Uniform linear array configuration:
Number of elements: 32
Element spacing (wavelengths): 0.5
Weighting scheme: uniform
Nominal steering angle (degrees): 0
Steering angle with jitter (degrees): -0.6145
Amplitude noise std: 0.05
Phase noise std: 0.05

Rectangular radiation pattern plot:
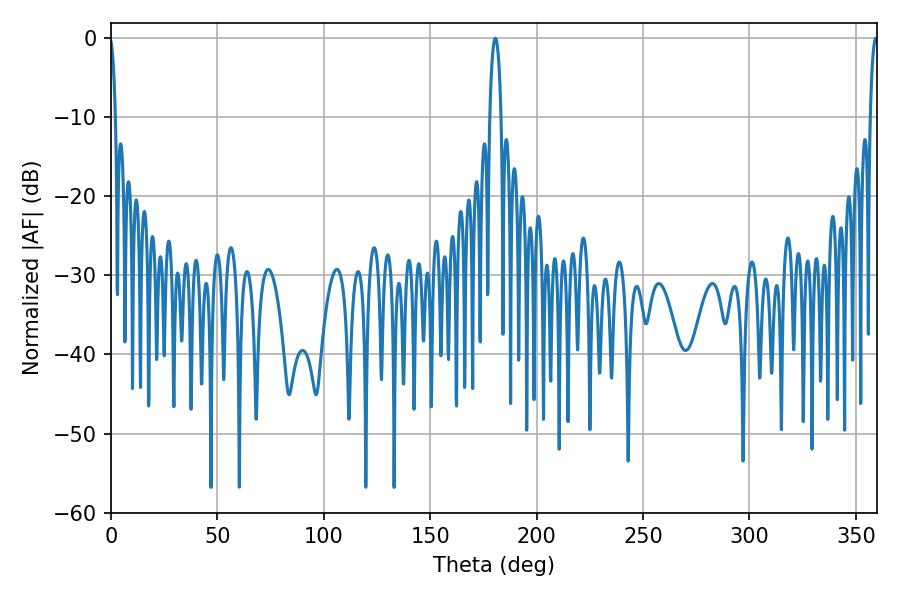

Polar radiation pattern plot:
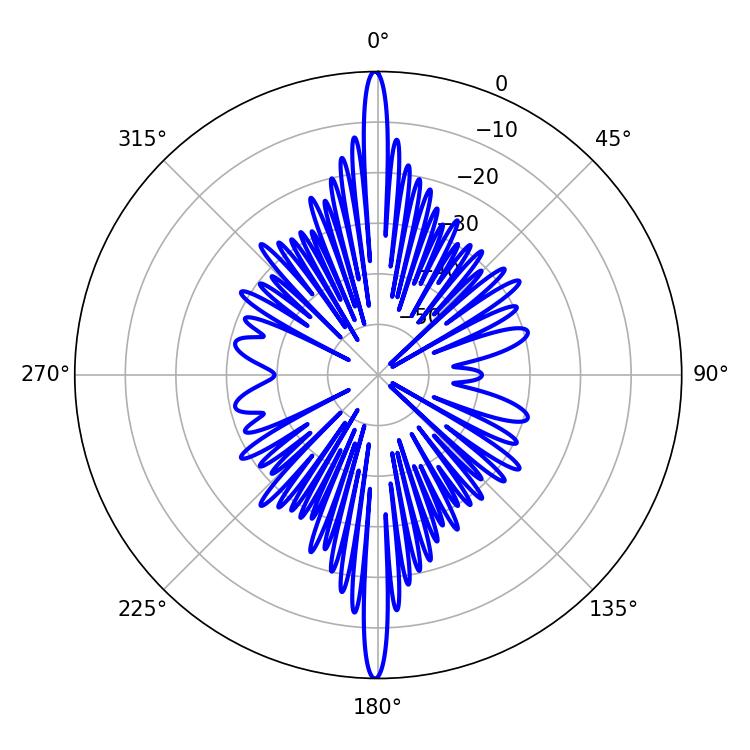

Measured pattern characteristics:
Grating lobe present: FALSE
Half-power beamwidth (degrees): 3.06
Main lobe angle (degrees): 180.54